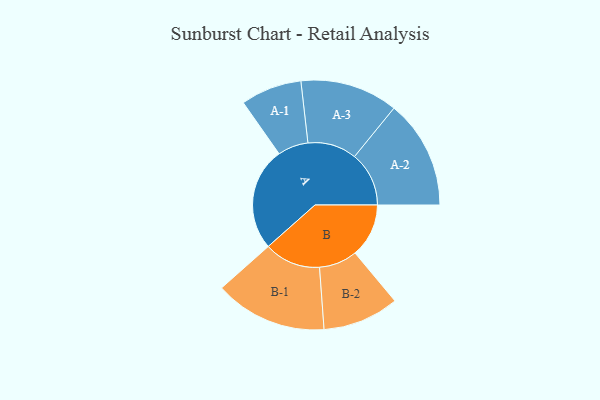
{"axis": {"x": "Segment", "y": "Value"}, "legend": ["", "A", "B"], "data": [{"x": "A", "y": 433, "type": ""}, {"x": "B", "y": 225, "type": ""}, {"x": "A-1", "y": 128, "type": "A"}, {"x": "A-2", "y": 228, "type": "A"}, {"x": "A-3", "y": 205, "type": "A"}, {"x": "B-1", "y": 236, "type": "B"}, {"x": "B-2", "y": 160, "type": "B"}]}